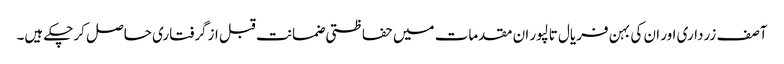
آصف زرداری اور ان کی بہن فریال تالپور ان مقدمات میں حفاظتی ضمانت قبل ازگرفتاری حاصل کرچکے ہیں۔